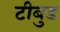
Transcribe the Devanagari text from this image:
टीबुड